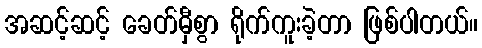
အဆင့်ဆင့် ခေတ်မှီစွာ ရိုက်ကူးခဲ့တာ ဖြစ်ပါတယ်။